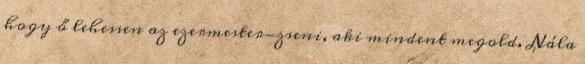
hogy ő lehessen az ezermester-zseni, aki mindent megold. Nála